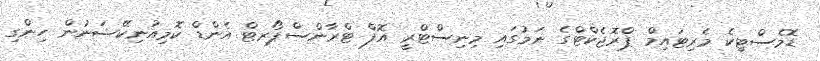
ޑޮމެސްޓިކެ މެރިޓައިމް ޕްރޮޖެކްޓްގެ ނަމުގައި މިނިސްޓްރީ އޮފް ޓްރާންސްޕޯރޓް އެންޑް ކޮމިއުނިކޭޝަނުން ހިންގި